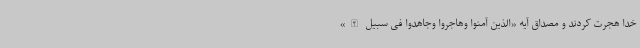
خدا هجرت کردند و مصداق آیه «الذین آمنوا وهاجروا وجاهدوا فی سبیل الله»